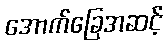
အောက်ခြေအဆင့်